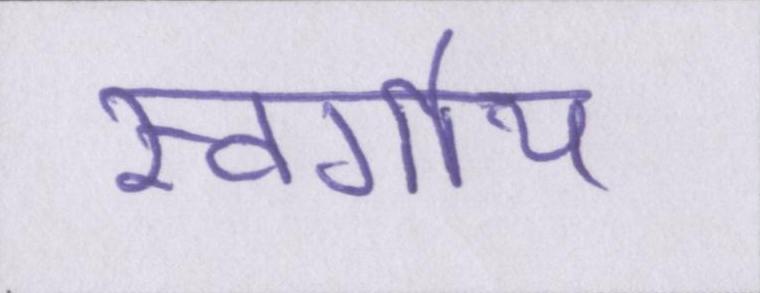
स्वर्गीय